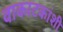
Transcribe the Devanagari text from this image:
वाकाटकांशी